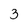
Character: 3